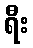
ရီး